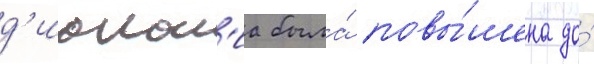
д'иакон'иа была́ повы́шена до́